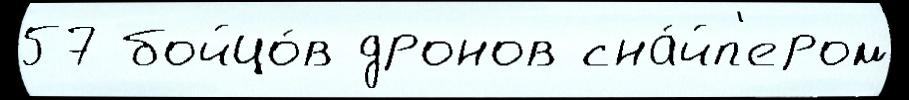
57 бойцо́в дронов сна́йп'ером